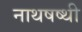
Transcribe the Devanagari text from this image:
नाथषष्थी